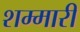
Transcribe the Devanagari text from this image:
शम्मारी